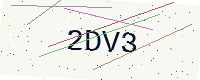
Text: 2DV3